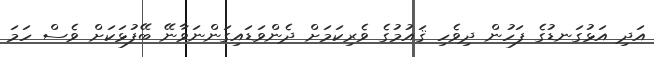
އަދި އަޅުގަނޑުގެ ފަހުން ދިވެހި ޤައުމުގެ ވެރިކަމަށް ދެންވަޑައިގަންނަވާނޭ ބޭފުޅަކަށް ވެސް ހަމަ